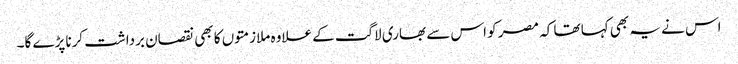
اس نے یہ بھی کہا تھا کہ مصر کو اس سے بھاری لاگت کے علاوہ ملازمتوں کا بھی نقصان برداشت کرنا پڑے گا۔